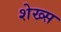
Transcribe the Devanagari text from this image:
शेख्स